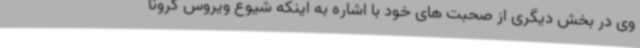
وی در بخش دیگری از صحبت های خود با اشاره به اینکه شیوع ویروس کرونا